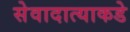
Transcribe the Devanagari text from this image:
सेवादात्याकडे